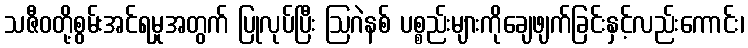
သဇီဝတို့စွမ်းအင်ရမှုအတွက် ပြုလုပ်ပြီး ဩဂဲနစ် ပစ္စည်းများကိုချေဖျက်ခြင်းနှင့်လည်းကောင်း၊